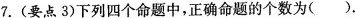
7. ( 要点 3 ) 下列四个命题中，正确命题的个数为 ( )。